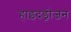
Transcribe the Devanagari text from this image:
हाइदड्रोजन